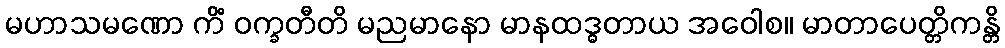
မဟာသမဏော ကိံ ဝက္ခတီတိ မညမာနော မာနထဒ္ဓတာယ အဝေါစ။ မာတာပေတ္တိကန္တိ